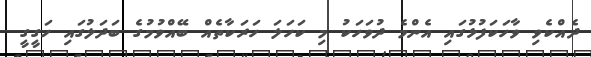
ދެއްކެވި ވާހަކަފުޅުގައި އެންމެ ދުވަހަކު މި ކަހަލަ ހަރަކާތެއް ބޭއްވުމުގެ ބަދަލުގައި ހަގީގީ